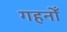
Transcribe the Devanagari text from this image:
गहनोँ